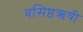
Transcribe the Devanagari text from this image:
वसिष्ठऋषी